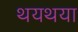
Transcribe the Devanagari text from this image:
थयथया